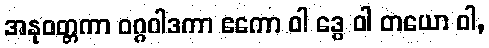
အနုဝတ္တကာ ဝဂ္ဂဝါဒကာ ဧကော ဝါ ဒွေ ဝါ တယော ဝါ,